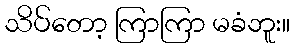
သိပ်တော့ ကြာကြာ မခံဘူး။